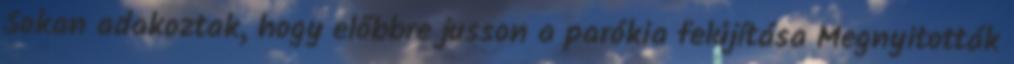
Sokan adakoztak, hogy előbbre jusson a parókia felújítása Megnyitották